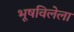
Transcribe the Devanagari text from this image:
भूषविलेला